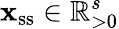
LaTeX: \boldsymbol{\mathbf{x}}_{\mathrm{{ss}}}\in\mathbb{R}_{>0}^{s}